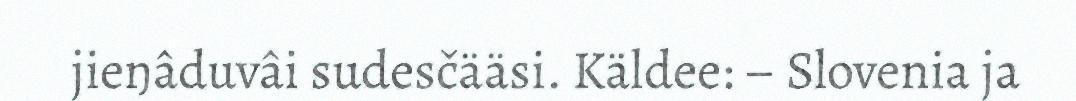
jieŋâduvâi sudesčääsi. Käldee: – Slovenia ja